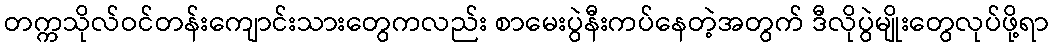
တက္ကသိုလ်ဝင်တန်းကျောင်းသားတွေကလည်း စာမေးပွဲနီးကပ်နေတဲ့အတွက် ဒီလိုပွဲမျိုးတွေလုပ်ဖို့ရာ